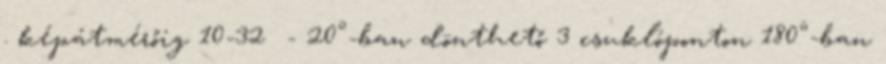
. képátmérőig 10-32 - 20°-ban dönthető 3 csuklóponton 180°-ban